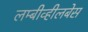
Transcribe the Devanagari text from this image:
लम्बीव्हीलबेस